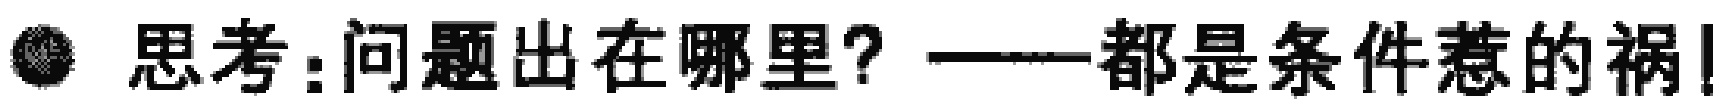
思考：问题出在哪里？——都是条件惹的祸！